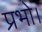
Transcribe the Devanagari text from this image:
प्रभो।